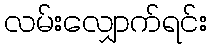
လမ်းလျှောက်ရင်း